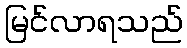
မြင်လာရသည်